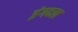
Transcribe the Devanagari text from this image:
इंगदल